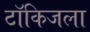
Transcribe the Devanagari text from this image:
टॉकिजला